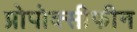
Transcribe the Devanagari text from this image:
प्रोपोक्सीफीन